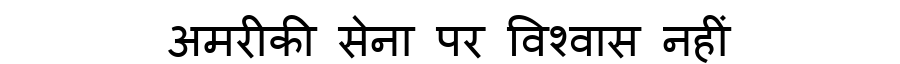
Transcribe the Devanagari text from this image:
अमरीकी सेना पर विश्वास नहीं